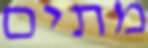
מתים